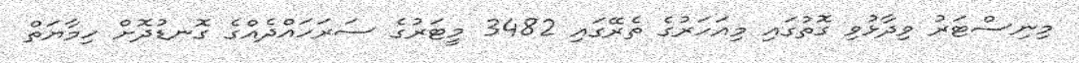
މިނިސްޓަރު ވިދާޅުވި ގޮތުގައި މިއަހަރުގެ ތެރޭގައި 3482 މީޓަރުގެ ސަރަހައްދެއްގެ ގޮނޑުދޮށް ހިމާޔަތް